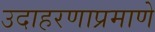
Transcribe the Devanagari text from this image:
उदाहरणाप्रमाणे